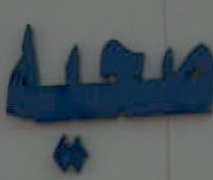
صحيه